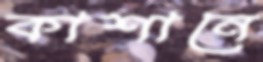
কাশানে